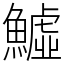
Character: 鱋